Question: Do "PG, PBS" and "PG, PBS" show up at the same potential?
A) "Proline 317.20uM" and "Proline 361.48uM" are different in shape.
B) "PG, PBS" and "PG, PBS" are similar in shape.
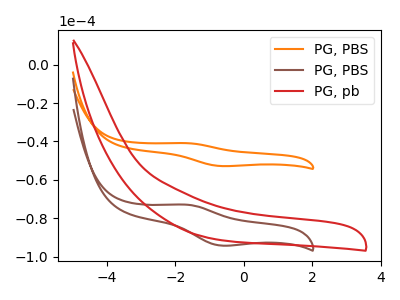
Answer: <think>The orange curve "PG, PBS" has an anodic peak at (-1.70V, -40.85uA) and a cathodic peak at (-0.65V, -52.80uA). The brown curve "PG, PBS" has an anodic peak at (-1.70V, -72.90uA) and a cathodic peak at (-0.65V, -94.25uA). The red curve "PG, pb" has no peaks.
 All the peaks in "PG, PBS" have a peak in "PG, PBS" at the same potential.</think>
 <answer>B) "PG, PBS" and "PG, PBS" are similar in shape.</answer>
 <eval>B</eval>